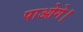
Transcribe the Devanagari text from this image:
पाओगे।